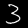
Digit: 3